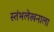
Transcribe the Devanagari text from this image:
स्तंभलेखनाला